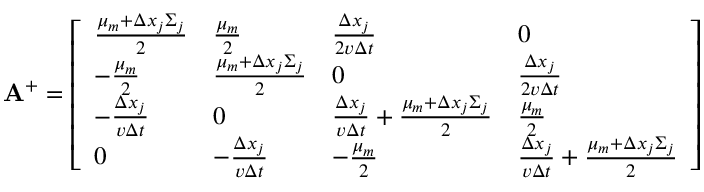
\mathbf { A } ^ { + } = \left[ \begin{array} { l l l l } { \frac { \mu _ { m } + \Delta x _ { j } \Sigma _ { j } } { 2 } } & { \frac { \mu _ { m } } { 2 } } & { \frac { \Delta x _ { j } } { 2 v \Delta t } } & { 0 } \\ { - \frac { \mu _ { m } } { 2 } } & { \frac { \mu _ { m } + \Delta x _ { j } \Sigma _ { j } } { 2 } } & { 0 } & { \frac { \Delta x _ { j } } { 2 v \Delta t } } \\ { - \frac { \Delta x _ { j } } { v \Delta t } } & { 0 } & { \frac { \Delta x _ { j } } { v \Delta t } + \frac { \mu _ { m } + \Delta x _ { j } \Sigma _ { j } } { 2 } } & { \frac { \mu _ { m } } { 2 } } \\ { 0 } & { - \frac { \Delta x _ { j } } { v \Delta t } } & { - \frac { \mu _ { m } } { 2 } } & { \frac { \Delta x _ { j } } { v \Delta t } + \frac { \mu _ { m } + \Delta x _ { j } \Sigma _ { j } } { 2 } } \end{array} \right]